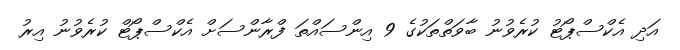
އަދި އެކްސްޕޯޓު ކުރެވުނު ބާވަތްތަކުގެ 9 އިންސައްތަ ފްރާންސަށް އެކްސްޕޯޓް ކުރެވުނު އިރު